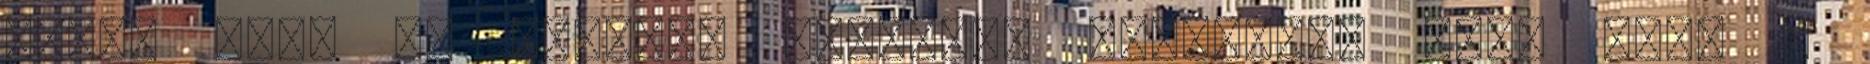
őket, hogy "a maradék erejüket feszítsék meg, hogy a